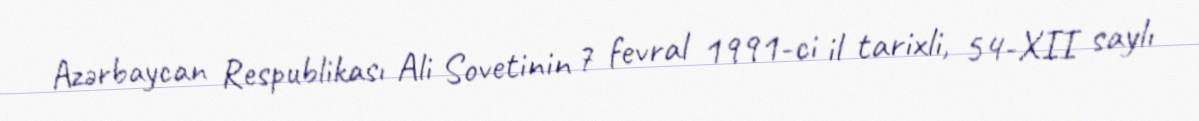
Azərbaycan Respublikası Ali Sovetinin 7 fevral 1991-ci il tarixli, 54-XII saylı